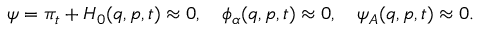
\psi = \pi _ { t } + H _ { 0 } ( q , p , t ) \approx 0 , \ \ \ \phi _ { \alpha } ( q , p , t ) \approx 0 , \ \ \ \psi _ { A } ( q , p , t ) \approx 0 .